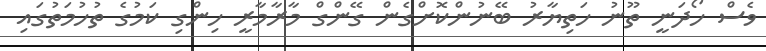
ވެސް ހޯދަނީ ތޫނު ހަތިޔާރު ބޭނުންކޮށްގެން ގޭންގް މާރާމާރީ ހިންގި ކަމުގެ ތުހުމަތުގައި